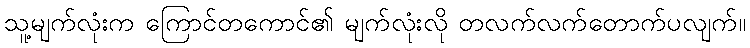
သူ့မျက်လုံးက ကြောင်တကောင်၏ မျက်လုံးလို တလက်လက်တောက်ပလျက်။